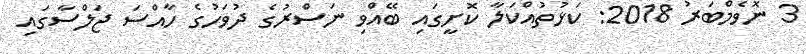
3 ނޮވެމްބަރު 2018: ކަޅުތުއްކަލާ ކޮށީގައި ބޭއްވި ނަސްރުގެ ދުވަހުގެ ހާއްސަ ޖަލްސާގައި